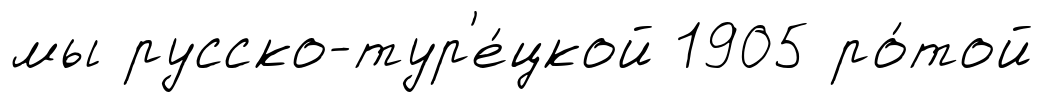
мы русско-тур'е́цкой 1905 ро́той